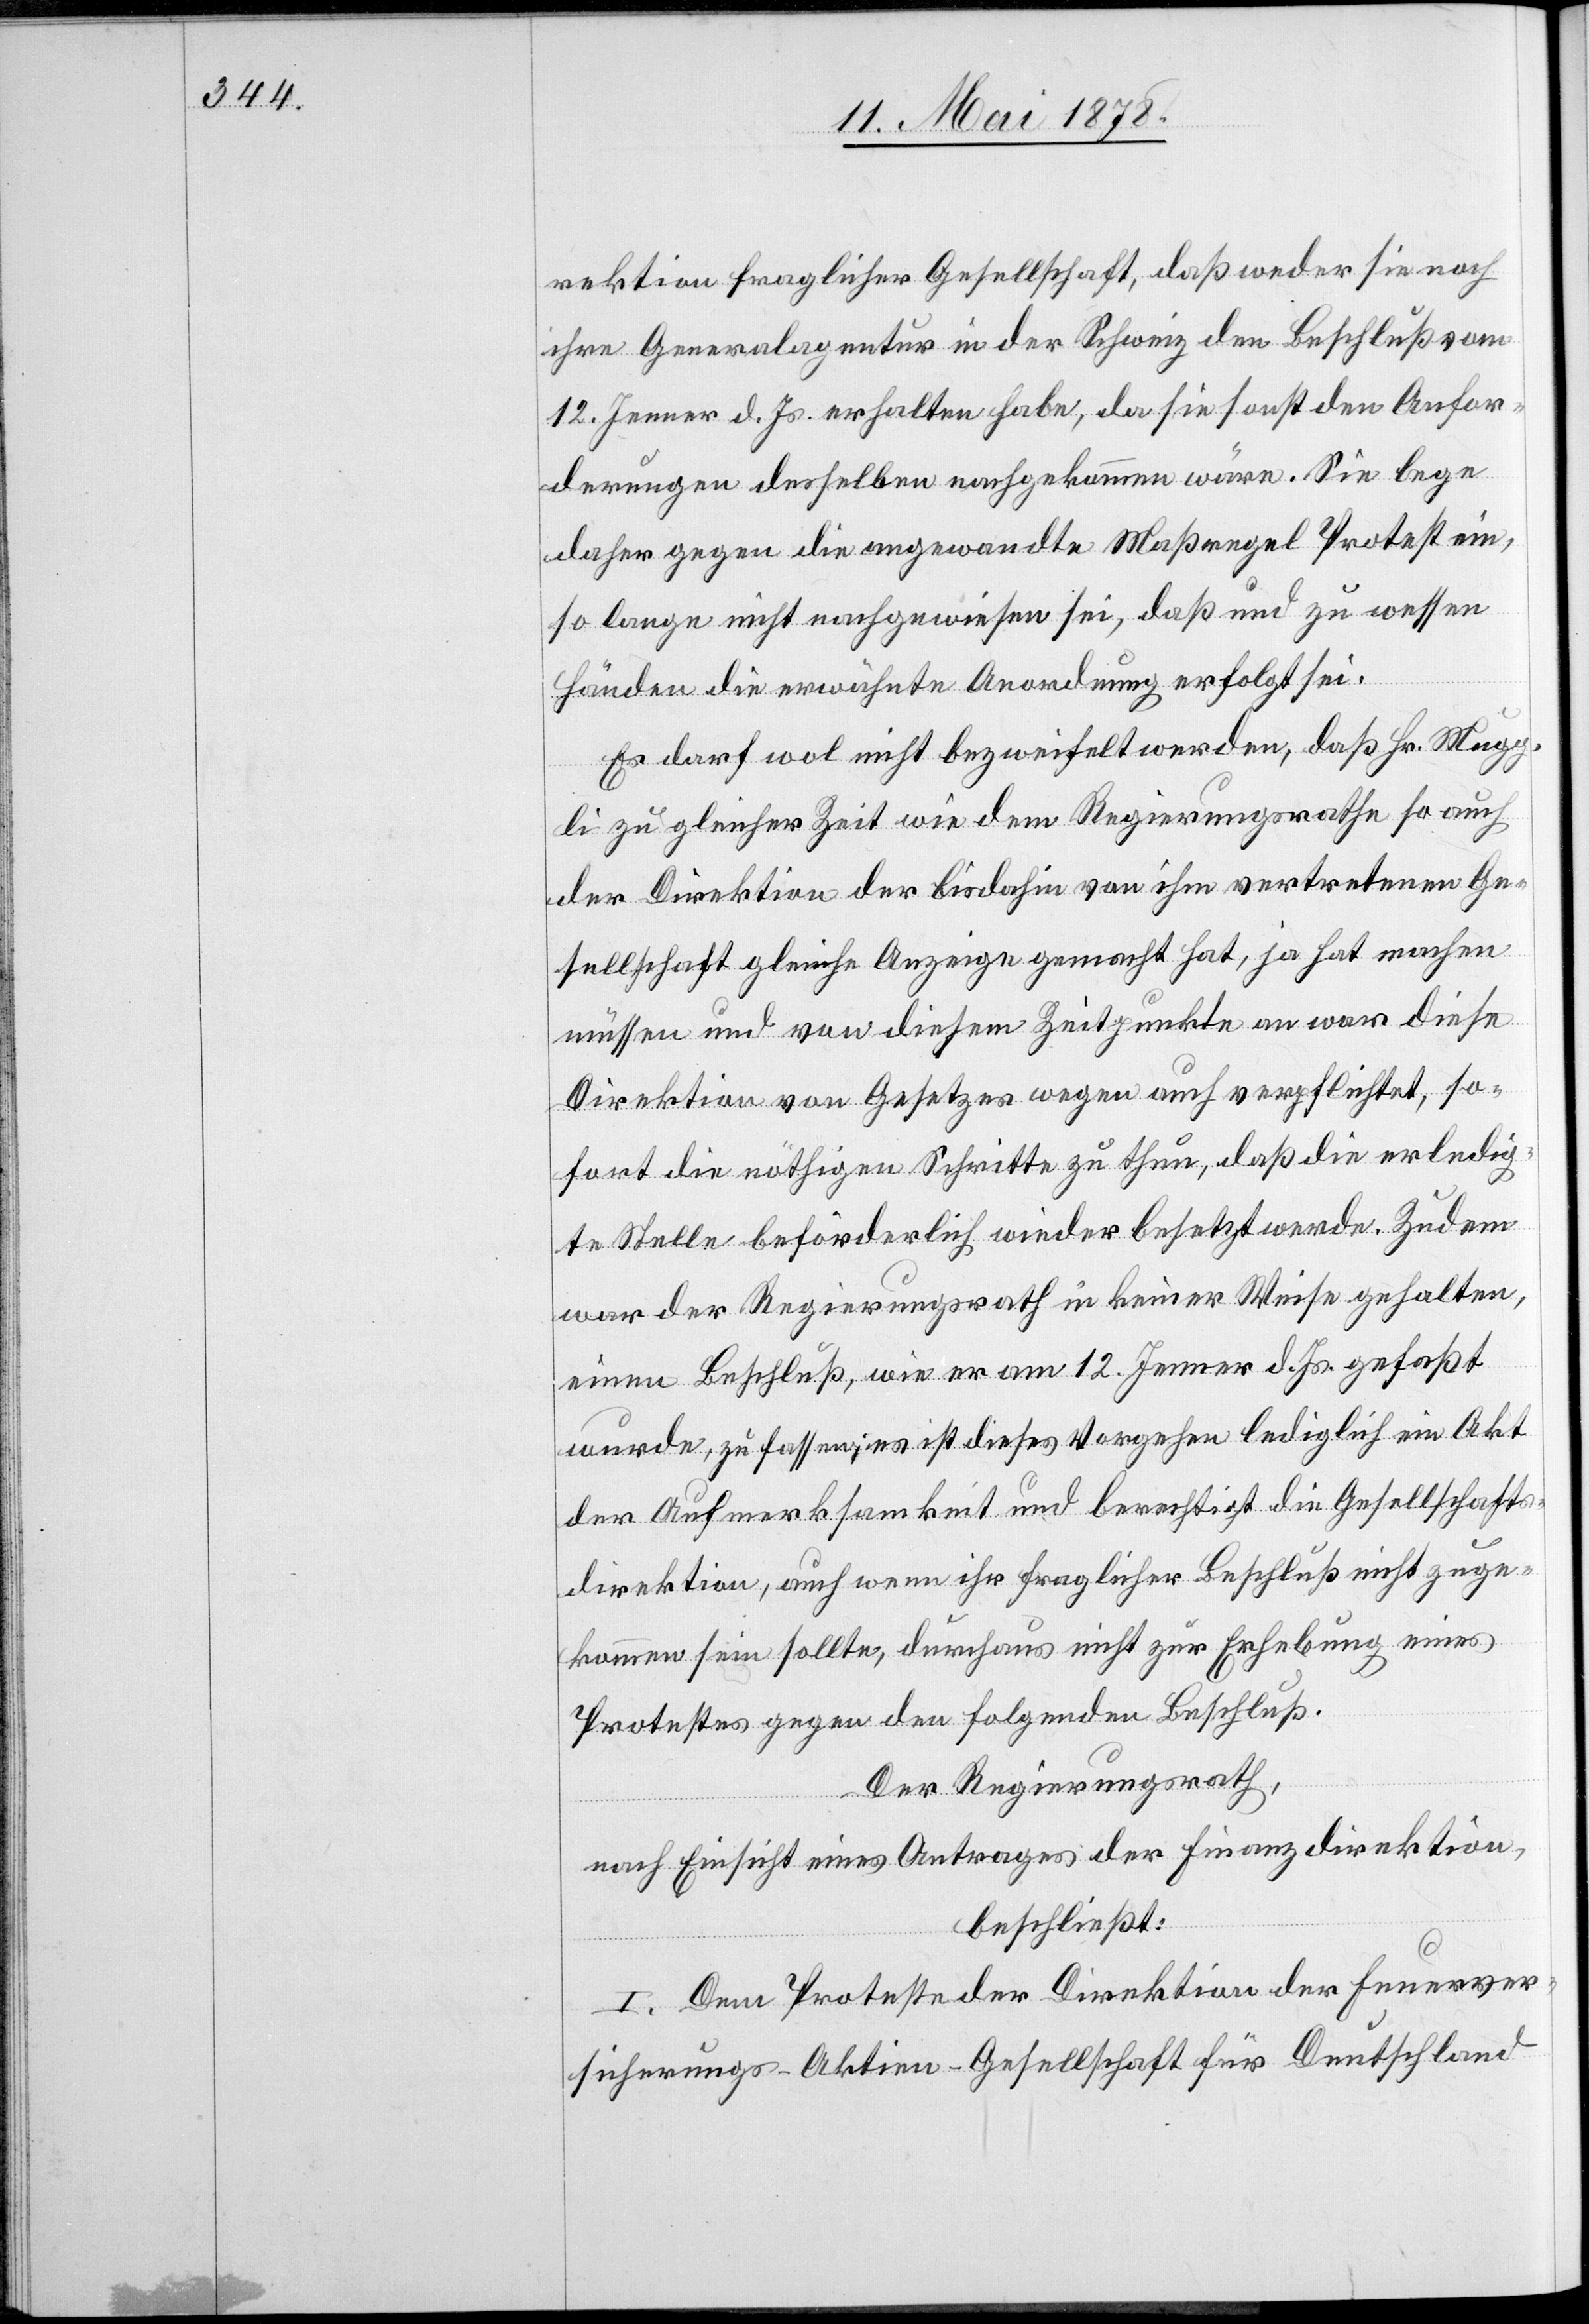
rektion fraglicher Gesellschaft, daß weder sie noch
ihre Generalagentur in der Schweiz den Beschluß vom
12. Jenner d. Js. erhalten habe, da sie sonst den Auffor¬
derungen desselben nachgekommen wäre. Sie lege
daher gegen die angewandte Maßregel Protest ein,
so lange nicht nachgewiesen sei, daß und zu wessen
Händen die erwähnte Anordnung erfolgt sei.
Es darf wol nicht bezweifelt werden, daß Hr. Mugg¬
li zu gleicher Zeit wie dem Regierungsrathe so auch
der Direktion der bis dahin von ihm vertretenen Ge¬
sellschaft gleiche Anzeige gemacht hat, ja hat machen
müssen und von diesem Zeitpunkte an war diese
Direktion Gesetzes wegen auch verpflichtet, so¬
fort die nöthigen Schritte zu thun, daß die erledig¬
te Stelle beförderlich wieder besetzt werde. Zudem
war der Regierungsrath in keiner Weise gehalten,
einen Beschluß, wie er am 12. Jenner d. Js. gefaßt
wurde, zu fassen; es ist dieses Vorgehen lediglich ein Akt
der Aufmerksamkeit und berechtigt die Gesellschafts¬
direktion, auch wenn ihr fraglicher Beschluß nicht zuge¬
kommen sein sollte, durchaus nicht zur Erhebung eines
Protestes gegen folgenden Beschluß.
Der Regierungsrath,
nach Einsicht eines Antrages der Finanzdirektion,
beschließt:
I. Den Protesten der Direktion der Feuerver¬
sicherungs-Aktien-Gesellschaft für Deutschland